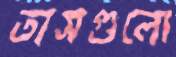
তাসগুলো